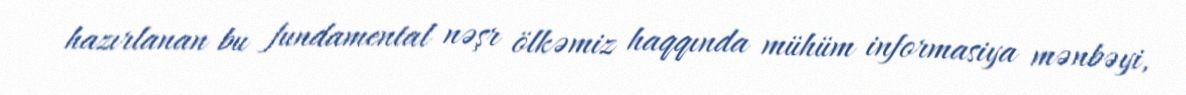
hazırlanan bu fundamental nəşr ölkəmiz haqqında mühüm informasiya mənbəyi,